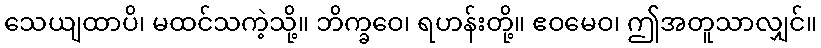
သေယျထာပိ၊ မထင်သကဲ့သို့။ ဘိက္ခဝေ၊ ရဟန်းတို့။ ဧဝမေဝ၊ ဤအတူသာလျှင်။